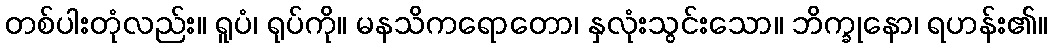
တစ်ပါးတုံလည်း။ ရူပံ၊ ရုပ်ကို။ မနသိကရောတော၊ နှလုံးသွင်းသော။ ဘိက္ခုနော၊ ရဟန်း၏။